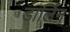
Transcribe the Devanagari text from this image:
डार्लिन